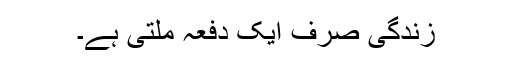
زندگی صرف ایک دفعہ ملتی ہے۔